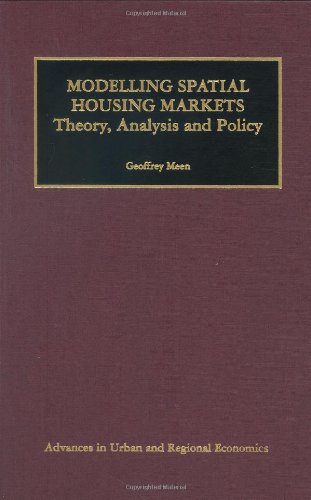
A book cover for Modelling Spatial Housing Markets: Theory, Analysis and Policy (Advances in Urban and Regional Economics); Geoffrey Meen; Business & Money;